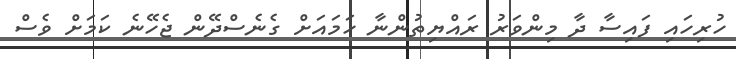
ހުރިހައި ފައިސާ ދާ މިންވަރު ރައްޔިތުންނާ ހަމައަށް ގެނެސްދޭން ޖެހޭނެ ކަމަށް ވެސް